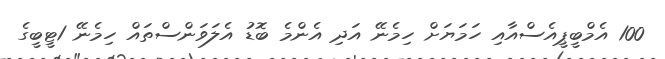
100 އެމްބީޕީއެސްއާއި ހަމަޔަށް ހިމެނޭ އަދި އެންމެ ބޮޑު އެލަވަންސްތައް ހިމެނޭ 1ޓީބީގެ